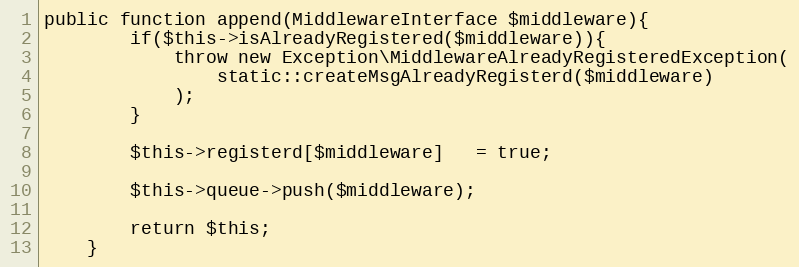
Language: PHP
public function append(MiddlewareInterface $middleware){
        if($this->isAlreadyRegistered($middleware)){
            throw new Exception\MiddlewareAlreadyRegisteredException(
                static::createMsgAlreadyRegisterd($middleware)
            );
        }

        $this->registerd[$middleware]   = true;

        $this->queue->push($middleware);

        return $this;
    }